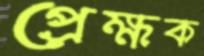
প্রেক্ষক